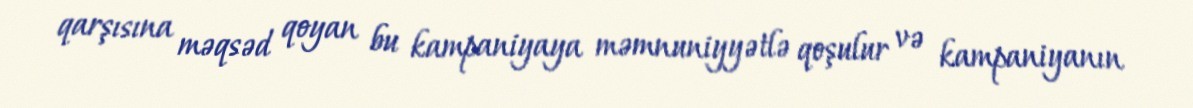
qarşısına məqsəd qoyan bu kampaniyaya məmnuniyyətlə qoşulur və kampaniyanın